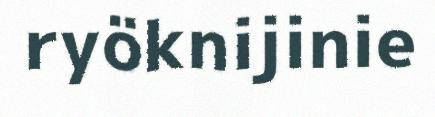
ryöknijinie